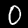
Label: 0